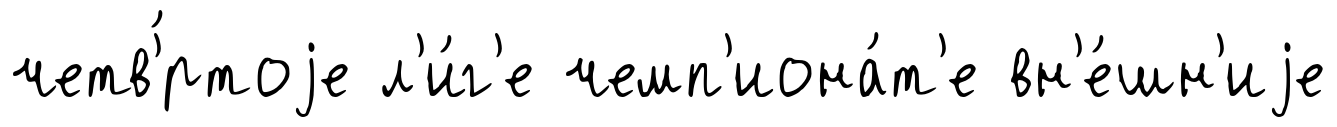
четв'́ртоjе л'и́г'е чемп'иона́т'е вн'е́шн'иjе